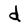
Character: d